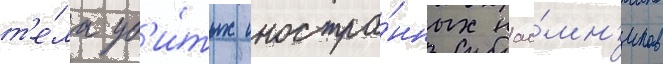
т'е́ла уб'и́тых иностра́нных нао́мн'иков